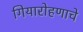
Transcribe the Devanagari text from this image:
गियारोहणाचे